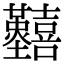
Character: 𡆐